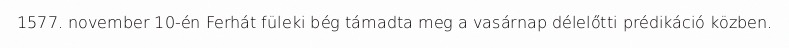
1577. november 10-én Ferhát füleki bég támadta meg a vasárnap délelőtti prédikáció közben.